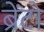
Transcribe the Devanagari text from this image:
ब्रेंटो